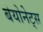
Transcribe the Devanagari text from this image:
बेयोनेट्स